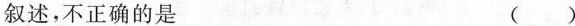
叙述，不正确的是 ( )